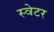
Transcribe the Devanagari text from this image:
स्‍वेटर